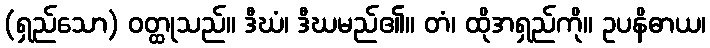
(ရှည်သော) ဝတ္ထုသည်။ ဒီဃံ၊ ဒီဃမည်၏။ တံ၊ ထိုအရှည်ကို။ ဥပနိဓာယ၊